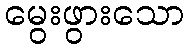
မွေးဖွားသော